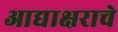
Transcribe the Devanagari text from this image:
आद्याक्षराचे